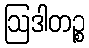
ဩဒါတဉ္စ